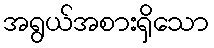
အရွယ်အစားရှိသော